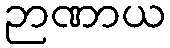
ဉာဏာယ